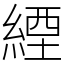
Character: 緸